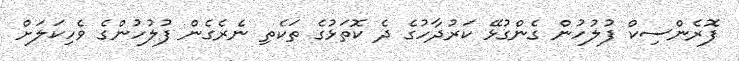
ފޮރެންސިކް ފުލުހުން ގެންގުޅޭ ކަރުދާހުގެ ދެ ކޮތަޅުގެ ތަކެތި ނެރެގެން ފުލުހުންގެ ވެހިކަލަށް